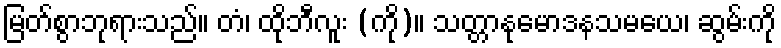
မြတ်စွာဘုရားသည်။ တံ၊ ထိုဘီလူး (ကို)။ သတ္တာနုမောဒနသမယေ၊ ဆွမ်းကို